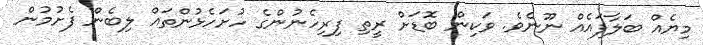
މިޔެއް ބަލާފައެއް ނޫނެވެ. ވަކިން ބޮޑަށް ރީތި ފިރިހެނުންގެ ހުށަހެޅުންތައް ލިބެން ފެށުމުން